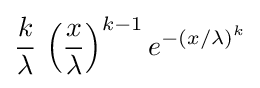
{\frac {k}{\lambda }}\,\left({\frac {x}{\lambda }}\right)^{k-1}e^{-(x/\lambda )^{k}}